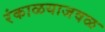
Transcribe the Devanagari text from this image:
रंकाळयाजवळ